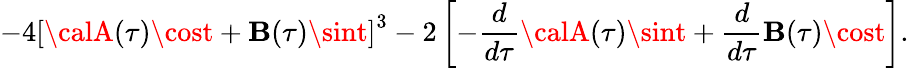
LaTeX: -4\left[{\calA}(\tau)\cost+{\cal\mathbf{B}}(\tau)\sint\right]^{3}-2\left[-{\frac{{d}}{{d\tau}}}{\calA}(\tau)\sint+{\frac{{d}}{{d\tau}}}{\cal\mathbf{B}}(\tau)\cost\right].